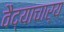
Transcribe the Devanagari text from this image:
वैद्याचार्य